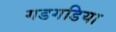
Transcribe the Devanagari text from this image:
गडगडिया